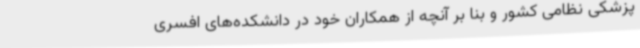
پزشکی نظامی کشور و بنا بر آنچه از همکاران خود در دانشکده‌های افسری